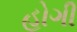
હોગી